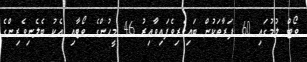
ވޯޓް ލުމުގައި 60 ފަރާތަކުން ބައިވެރިވެފައިވާއިރު 46 މީހުންގެ ވޯޓާއި އެކު ބެލެނިވެރިންގެ